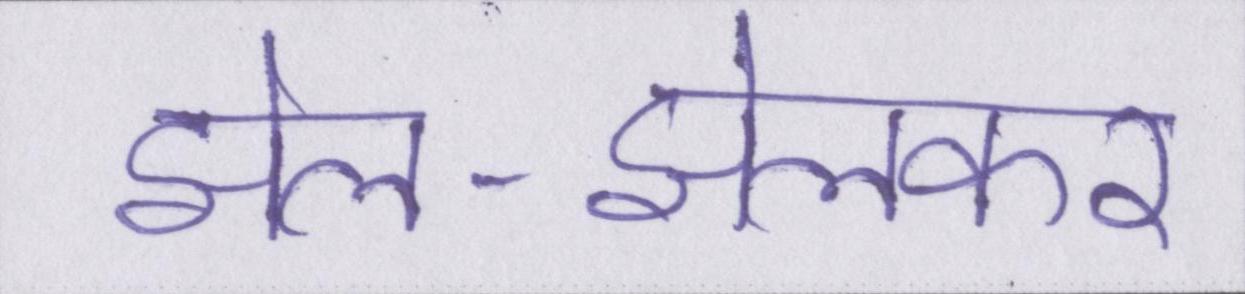
झेल-झेलकर